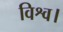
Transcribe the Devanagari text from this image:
विश्व।